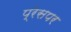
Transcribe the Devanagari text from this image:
प्रेसपर